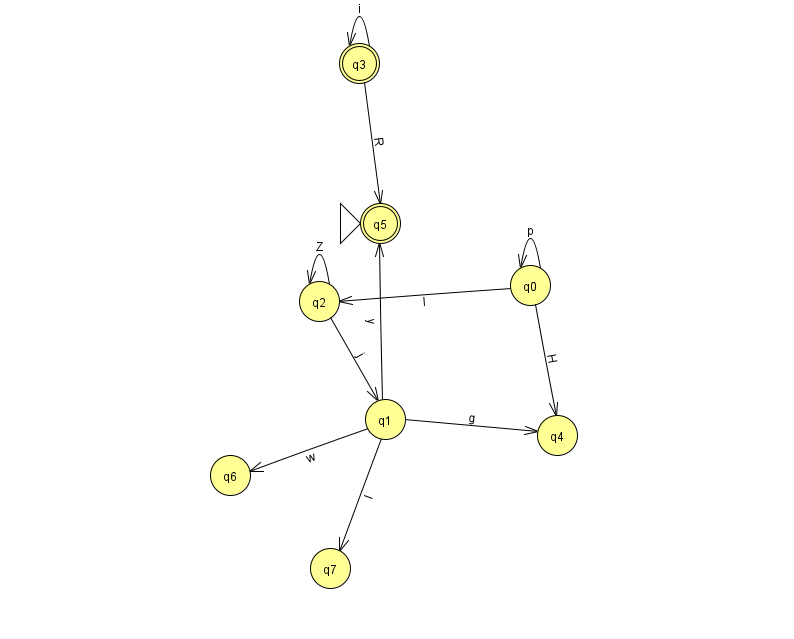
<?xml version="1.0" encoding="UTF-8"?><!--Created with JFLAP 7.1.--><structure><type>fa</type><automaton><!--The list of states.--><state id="0" name="q0"><x>530.0</x><y>272.0</y></state><state id="1" name="q1"><x>385.0</x><y>406.0</y></state><state id="2" name="q2"><x>319.0</x><y>288.0</y></state><state id="3" name="q3"><x>359.0</x><y>50.0</y><final/></state><state id="4" name="q4"><x>557.0</x><y>422.0</y></state><state id="5" name="q5"><x>380.0</x><y>210.0</y><initial/><final/></state><state id="6" name="q6"><x>230.0</x><y>462.0</y></state><state id="7" name="q7"><x>330.0</x><y>555.0</y></state><!--The list of transitions.--><transition><from>0</from><to>0</to><read>p</read></transition><transition><from>1</from><to>6</to><read>w</read></transition><transition><from>2</from><to>1</to><read>j</read></transition><transition><from>0</from><to>2</to><read>l</read></transition><transition><from>1</from><to>4</to><read>g</read></transition><transition><from>3</from><to>5</to><read>R</read></transition><transition><from>1</from><to>5</to><read>y</read></transition><transition><from>3</from><to>3</to><read>i</read></transition><transition><from>2</from><to>2</to><read>Z</read></transition><transition><from>0</from><to>4</to><read>H</read></transition><transition><from>1</from><to>7</to><read>I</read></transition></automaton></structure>